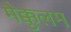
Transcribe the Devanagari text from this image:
मैक्कुलम